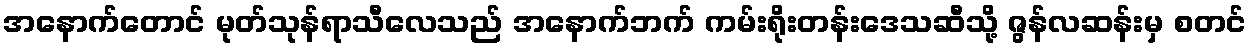
အနောက်တောင် မုတ်သုန်ရာသီလေသည် အနောက်ဘက် ကမ်းရိုးတန်းဒေသဆီသို့ ဇွန်လဆန်းမှ စတင်